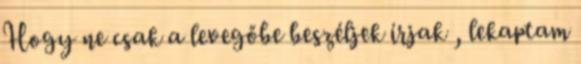
Hogy ne csak a levegőbe beszéljek írjak , lekaptam